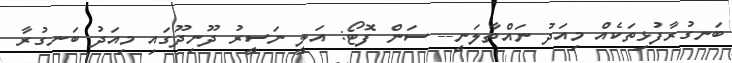
ބަނގުރާފުޅިތަކެއް މިއަދު ނައްތާލަނީ-- ސަން ފޮޓޯ: އަލީ ނަސީރު ދޫނިދޫގައި މިއަދު ބަނގުރާ